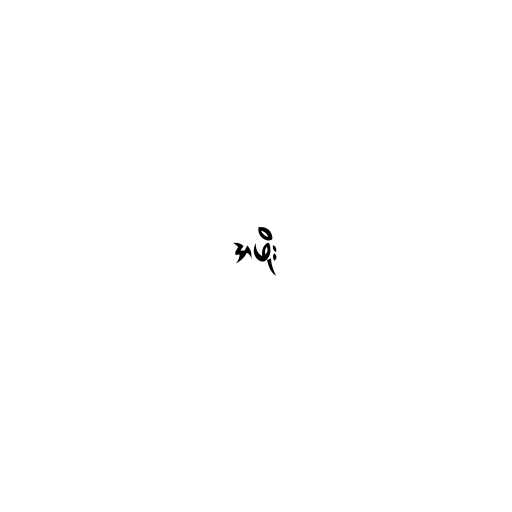
အဖိုး